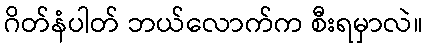
ဂိတ်နံပါတ် ဘယ်လောက်က စီးရမှာလဲ။